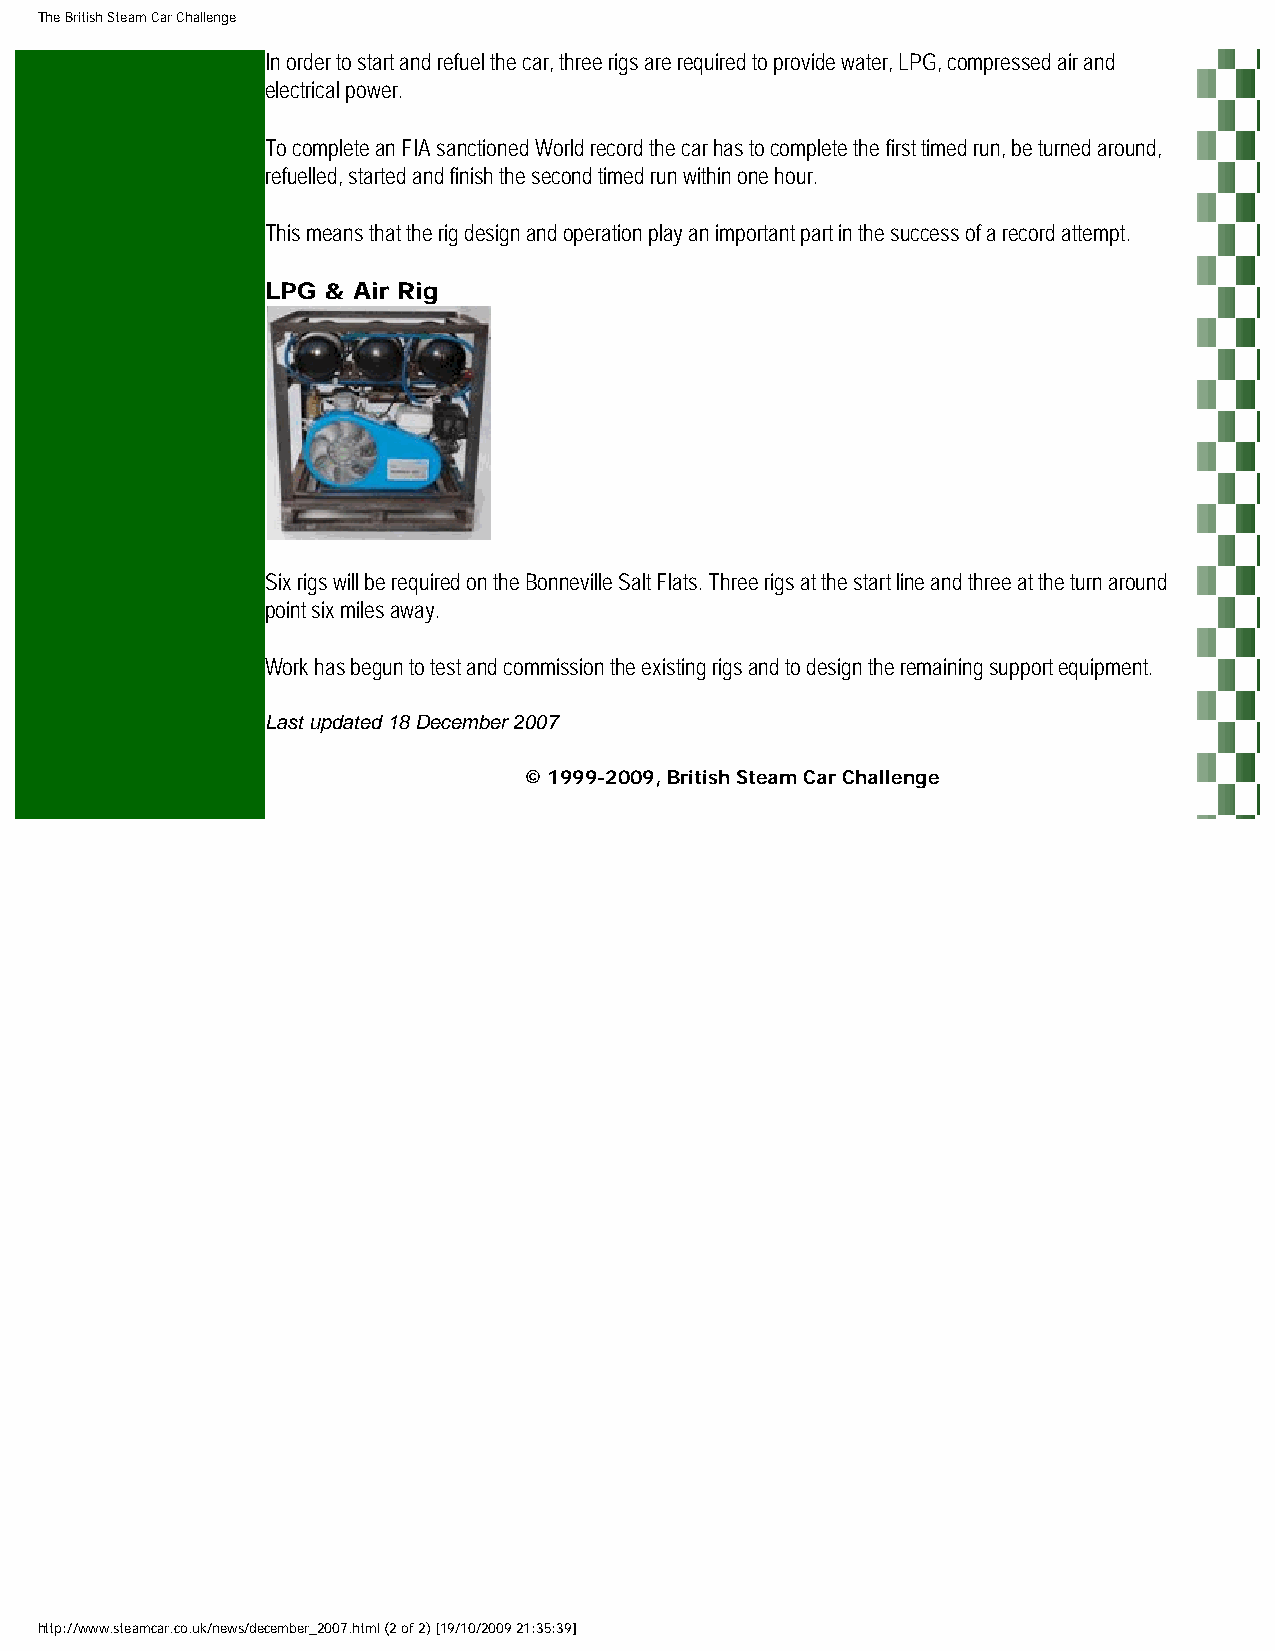
The British Steam Car Challenge
 In order to start and refuel the car, three rigs are required to provide water, LPG, compressed air and
 electrical power.
 To complete an FIA sanctioned World record the car has to complete the first timed run, be turned around,
 refuelled, started and finish the second timed run within one hour.
 This means that the rig design and operation play an important part in the success of a record attempt.
 LPG & Air Rig
 Six rigs will be required on the Bonneville Salt Flats. Three rigs at the start line and three at the turn around
 point six miles away.
 Work has begun to test and commission the existing rigs and to design the remaining support equipment.
 Last updated 18 December 2007
 © 1999-2009, British Steam Car Challenge
 http://www.steamcar.co.uk/news/december_2007.html (2 of 2) [19/10/2009 21:35:39]